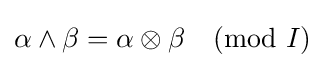
\alpha \wedge \beta =\alpha \otimes \beta {\pmod {I}}